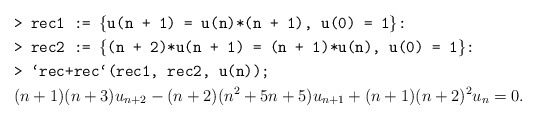
\begin{align*} &\texttt{> rec1 := \{u(n + 1) = u(n)*(n + 1), u(0) = 1\}:}\\ &\texttt{> rec2 := \{{(n + 2)*u(n + 1) = (n + 1)*u(n), u(0) = 1}\}:}\\ &\texttt{> `rec+rec`(rec1, rec2, u(n));}\\ & (n + 1)(n + 3)u_{n+2} - (n + 2)(n^2 + 5n + 5)u_{n+1} + (n + 1)(n + 2)^2 u_n= 0.\end{align*}